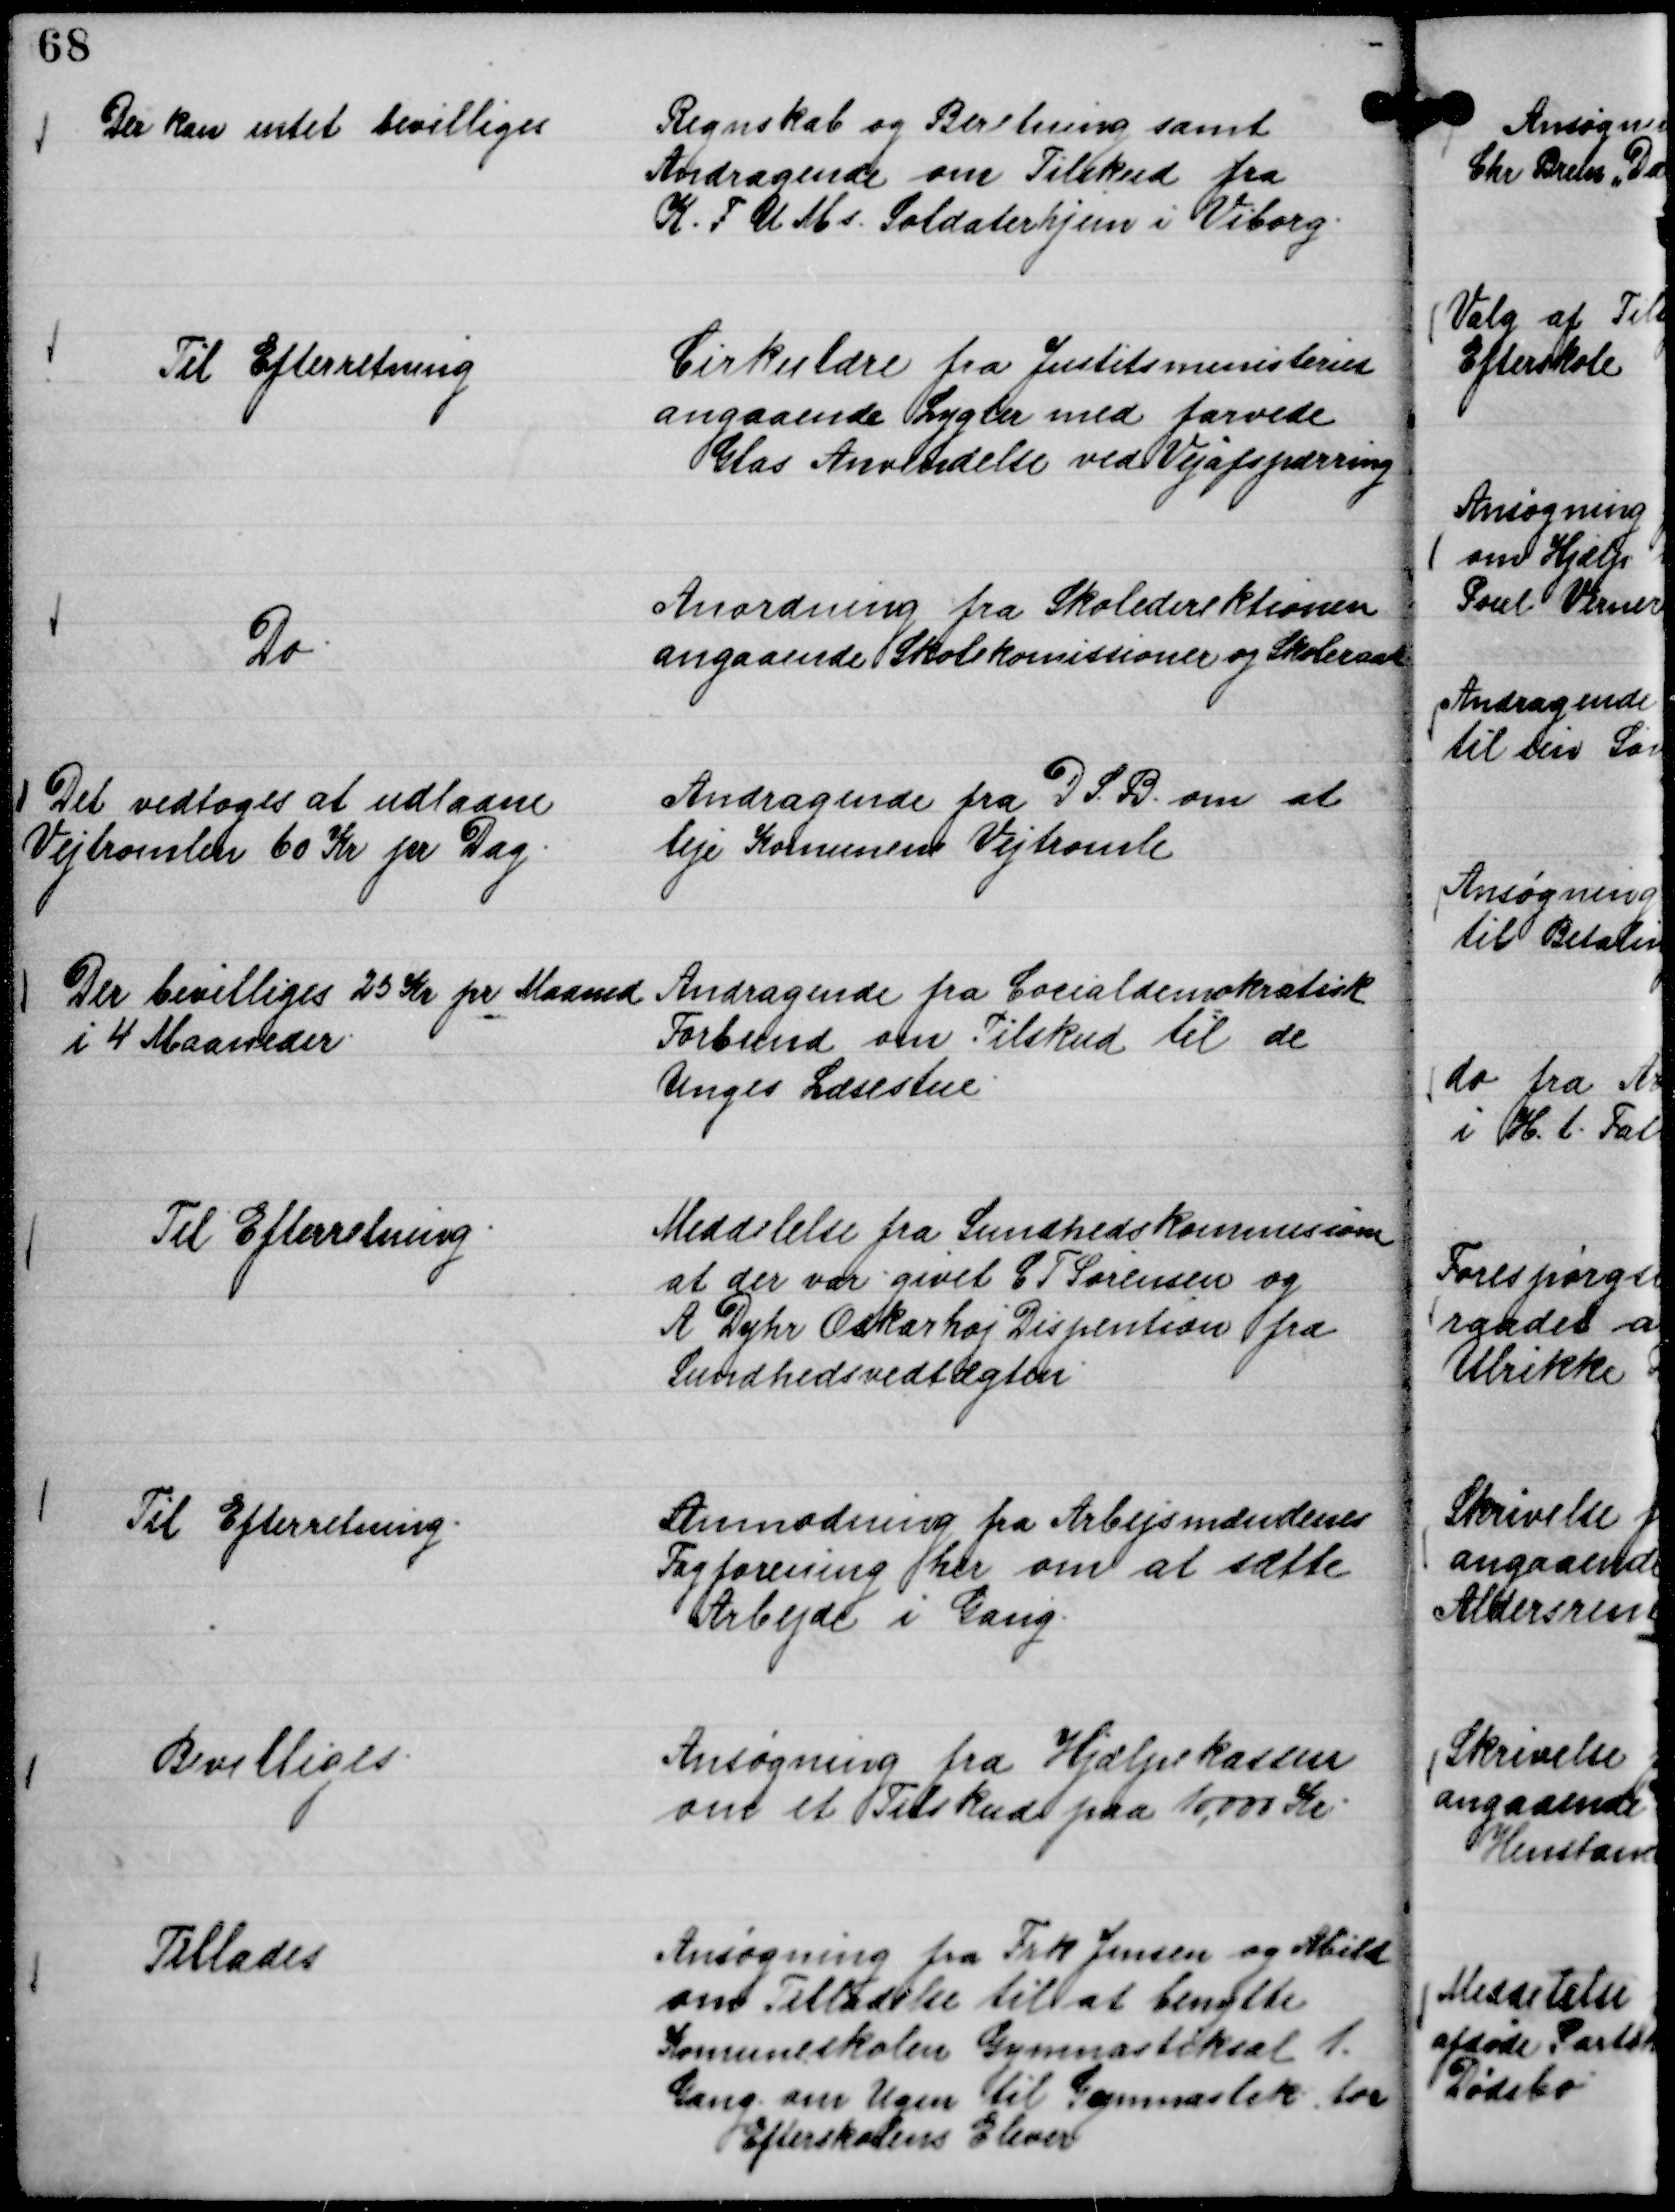
Transskription:
Regnskab og Beretning samt
Andragende om Tilskud fra
K. F U M s. Soldaterhjem i Viborg.

Der kan intet bevilliges

Cirkulære fra Justitsministeriet
angaaende Lygter med farvede
Glas. Anvendelse ved Vejafspærring

Til Efterretning

Anordning fra Skoledirektionen
angaaende Skolekomissioner og Skoleraad

Do.

Andragende fra D S. B. om at
leje Komunens Vejtromle

Det vedtoges at udlaane
Vejtromlen 60 Kr pr Dag.

Andragende fra Cocialdemokratisk
Forbund om Tilskud til de
Unges Læsestue.

Der bevilliges 25 Kr pr Maaned
i 4 Maaneder.

Meddelelse fra Sundhedskommisione
at der var givet C T Sørensen og
A Dyhr Oskarhøj Dispention fra
Sundhedsvedtægten

Til Efterretning.

Anmodning fra Arbejsmændenes
Fagforening her om at sætte
Arbejde i Gang.

Til Efterretning.

Ansøgning fra Hjælpekassen
om et Tilskud paa 10.000 Kr.

Bevilliges.

Ansøgning fra Frk Jensen og Abild
om Tilladelse til at benytte
Komuneskolen Gymnastiksal 1
Gang om Ugen til Gymnastik for
Aftensskolens Elever

Tillades